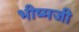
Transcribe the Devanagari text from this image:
भीष्मजी